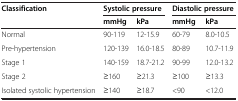
<table><thead><tr><td rowspan="2"><b>Classification</b></td><td colspan="2"><b>Systolic pressure</b></td><td colspan="2"><b>Diastolic pressure</b></td></tr><tr><td><b>mmHg</b></td><td><b>kPa</b></td><td><b>mmHg</b></td><td><b>kPa</b></td></tr></thead><tbody><tr><td>Normal</td><td>90-119</td><td>12-15.9</td><td>60-79</td><td>8.0-10.5</td></tr><tr><td>Pre-hypertension</td><td>120-139</td><td>16.0-18.5</td><td>80-89</td><td>10.7-11.9</td></tr><tr><td>Stage 1</td><td>140-159</td><td>18.7-21.2</td><td>90-99</td><td>12.0-13.2</td></tr><tr><td>Stage 2</td><td>≥160</td><td>≥21.3</td><td>≥100</td><td>≥13.3</td></tr><tr><td>Isolated systolic hypertension</td><td>≥140</td><td>≥18.7</td><td>&lt;90</td><td>&lt;12.0</td></tr></tbody></table>